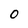
Character: o